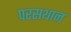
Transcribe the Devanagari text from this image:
परसथान